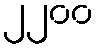
၂၂၀၀